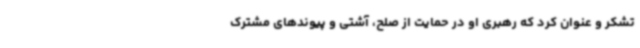
تشکر و عنوان کرد که رهبری او در حمایت از صلح، آشتی و پیوندهای مشترک